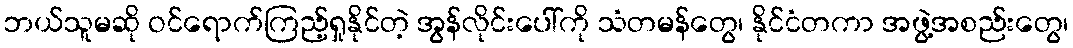
ဘယ်သူမဆို ဝင်ရောက်ကြည့်ရှုနိုင်တဲ့ အွန်လိုင်းပေါ်ကို သံတမန်တွေ၊ နိုင်ငံတကာ အဖွဲ့အစည်းတွေ၊